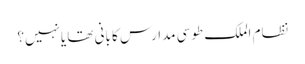
نظام الملک طوسی مدارس کا بانی تھا یانہیں؟